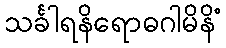
သင်္ခါရနိရောဓဂါမိနိံ